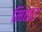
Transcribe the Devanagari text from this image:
मिळउ